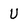
Character: U